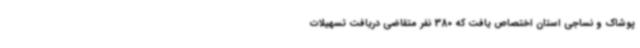
پوشاک و نساجی استان اختصاص یافت که 380 نفر متقاضی دریافت تسهیلات